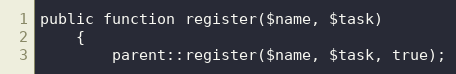
Language: PHP
public function register($name, $task)
    {
        parent::register($name, $task, true);